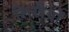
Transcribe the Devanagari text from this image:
लिखैयों